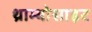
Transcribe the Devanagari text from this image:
थ्राम्बोसाइट